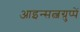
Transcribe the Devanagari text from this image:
आइन्सत्जग्रुप्पें